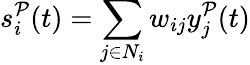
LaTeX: s_{i}^{\mathcal{P}}(t)=\sum_{j\in N_{i}}w_{ij}y_{j}^{\mathcal{P}}(t)